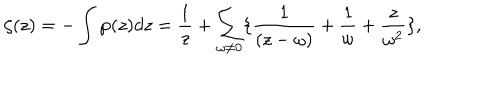
LaTeX: \zeta ( z ) = - \int \wp ( z ) d z = \frac { 1 } { z } + \sum _ { \omega \neq 0 } \{ \frac { 1 } { ( z - \omega ) } + \frac { 1 } { \omega } + \frac { z } { \omega ^ { 2 } } \} ,